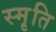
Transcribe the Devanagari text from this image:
स्मृ़ति